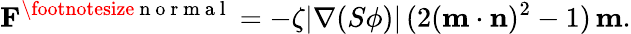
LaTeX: \mathbf{F}^{\footnotesize{\mathrm{~n~o~r~m~a~l~}}}=-\zeta|\nabla(S\phi)|\, (2(\mathbf{m\cdot n})^{2}-1)\, \mathbf{m}.